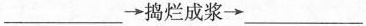
___\rightarrow 捣烂成浆\rightarrow___